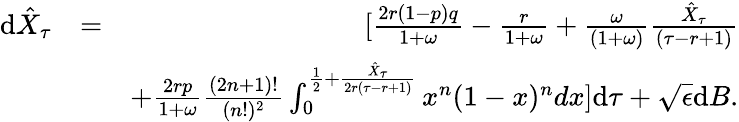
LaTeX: \begin{array}{rlr}{\textrm{d}\hat{X}_{\tau}}&{=}&{[\frac{2r(1-p)q}{1+\omega}-\frac{r}{1+\omega}+\frac{\omega}{(1+\omega)}\frac{\hat{X}_{\tau}}{(\tau-r+1)}}\\ &{}&{+\frac{2rp}{1+\omega}\frac{(2n+1)!}{(n!)^{2}}\int_{0}^{\frac{1}{2}+\frac{\hat{X}_{\tau}}{2r(\tau-r+1)}}x^{n}(1-x)^{n}dx]\textrm{d}\tau+\sqrt{\epsilon}\textrm{d}B.}\end{array}